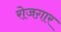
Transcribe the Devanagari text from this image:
रोजग़ार